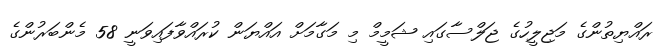
ރައްޔިތުންގެ މަޖިލީހުގެ ޖަލްސާގައި ޝަމީމް މި މަގާމަށް އައްޔަން ކުރައްވާފައިވަނީ 58 މެންބަރުންގެ